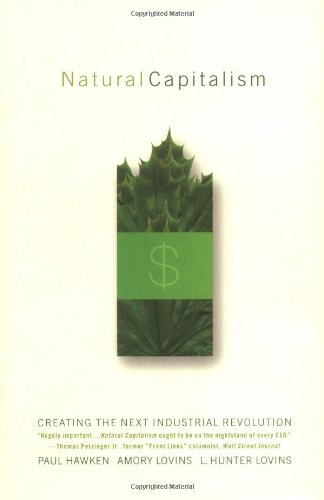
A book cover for Natural Capitalism: Creating the Next Industrial Revolution; Paul Hawken; Business & Money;